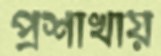
প্রশাখায়